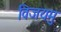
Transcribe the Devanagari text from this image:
विजयमु